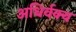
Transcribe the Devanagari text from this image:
अधिर्वक्य